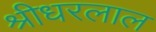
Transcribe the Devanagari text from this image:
श्रीधरलाल